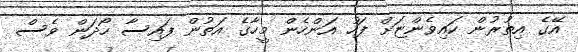
އޭގެ އިތުރުން ކައިވެންޏަށް ފަހު އަންހެން މީހާގެ އަތުން ފައިސާ ހޯދަން ވެސް